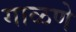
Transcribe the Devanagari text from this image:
गाळणे